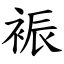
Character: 裖